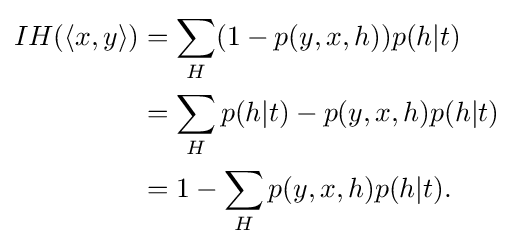
{\begin{aligned}IH(\langle x,y\rangle )&=\sum _{H}(1-p(y,x,h))p(h|t)\\&=\sum _{H}p(h|t)-p(y,x,h)p(h|t)\\&=1-\sum _{H}p(y,x,h)p(h|t).\end{aligned}}